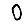
Digit: 0